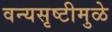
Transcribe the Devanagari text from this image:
वन्यसृष्टीमुळे